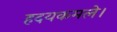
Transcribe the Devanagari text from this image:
हदयकमले।